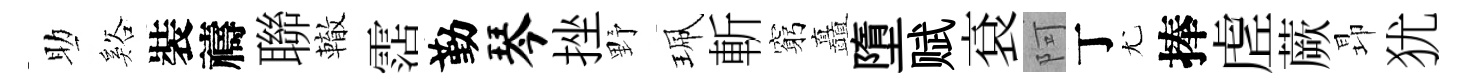
助谿裝禱聯轍霑勤琴挫野珮斬窮矗墮赋袞阿丁尤捧虗蕨昻犹